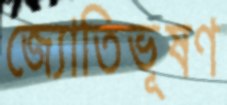
জ্যোতিভূষণ